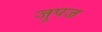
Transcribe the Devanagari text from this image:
जुपज